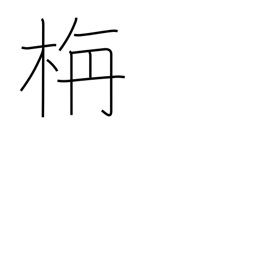
Meaning: colorful autumn foliage